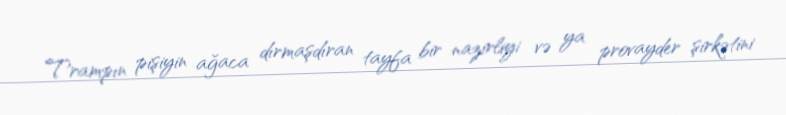
Trampın pişiyin ağaca dırmaşdıran tayfa bir nazirliyi və ya provayder şirkətini